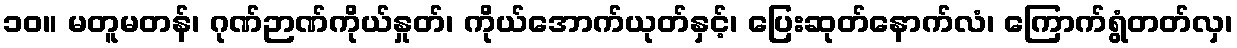
၁၀။ မတူမတန်၊ ဂုဏ်ဉာဏ်ကိုယ်နှုတ်၊ ကိုယ်အောက်ယုတ်နှင့်၊ ပြေးဆုတ်နောက်လံ၊ ကြောက်ရွံတတ်လှ၊